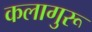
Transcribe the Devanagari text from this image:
कलागुरू